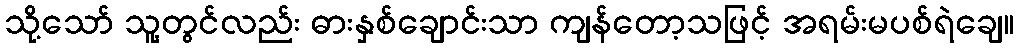
သို့သော် သူ့တွင်လည်း ဓားနှစ်ချောင်းသာ ကျန်တော့သဖြင့် အရမ်းမပစ်ရဲချေ။